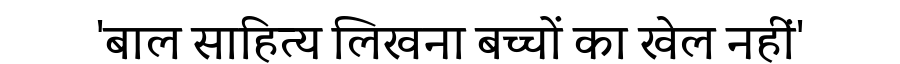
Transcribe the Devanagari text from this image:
'बाल साहित्य लिखना बच्चों का खेल नहीं'